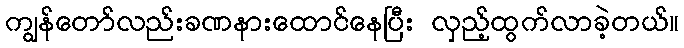
ကျွန်တော်လည်းခဏနားထောင်နေပြီး လှည့်ထွက်လာခဲ့တယ်။